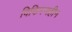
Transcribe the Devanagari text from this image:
विकिरणहीन